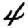
Digit: 4